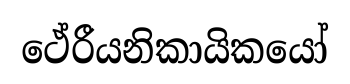
ථේරීයනිකායිකයෝ